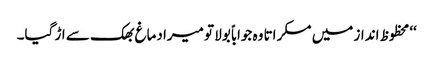
‘‘محظوظ انداز میں مسکراتا وہ جواباً بولا تو میرا دماغ بھک سے اڑ گیا۔